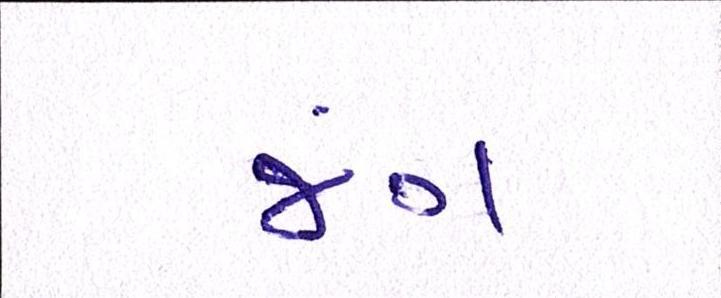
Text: જંગ